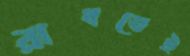
রাখতেই